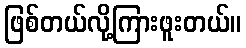
ဖြစ်တယ်လို့ကြားဖူးတယ်။